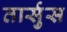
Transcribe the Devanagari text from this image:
तार्सुस